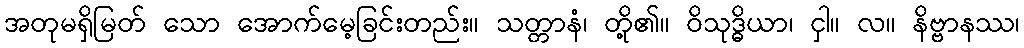
အတုမရှိမြတ် သော အောက်မေ့ခြင်းတည်း။ သတ္တာနံ၊ တို့၏။ ဝိသုဒ္ဓိယာ၊ ငှါ။ လ။ နိဗ္ဗာနဿ၊